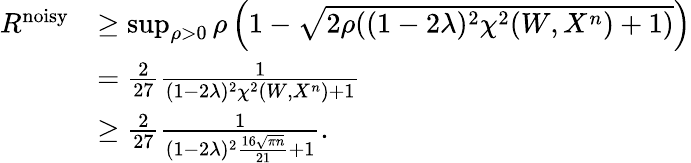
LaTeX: \begin{array}{rl}{R^{\mathrm{noisy}}}&{\geq\operatorname*{sup}_{\rho>0}\rho\left(1-\sqrt{2\rho((1-2\lambda)^{2}\chi^{2}(W,X^{n})+1)}\right)}\\ &{=\frac{2}{27}\frac{1}{(1-2\lambda)^{2}\chi^{2}(W,X^{n})+1}}\\ &{\geq\frac{2}{27}\frac{1}{(1-2\lambda)^{2}\frac{16\sqrt{\pi n}}{21}+1}.}\end{array}